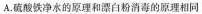
A. 硫酸铁净水的原理和漂白粉消毒的原理相同